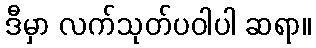
ဒီမှာ လက်သုတ်ပဝါပါ ဆရာ။